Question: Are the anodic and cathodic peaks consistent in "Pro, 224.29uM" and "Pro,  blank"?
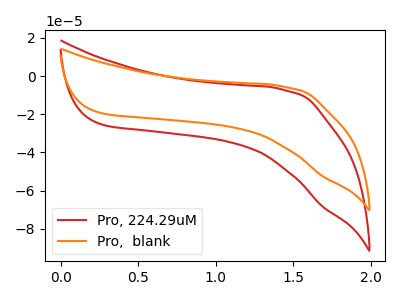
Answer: <think>The red curve "Pro, 224.29uM" has no peaks. The orange curve "Pro,  blank" has no peaks.</think>
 <answer>Niether CV has any peaks.</answer>
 <eval>blanks</eval>